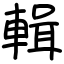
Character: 輯